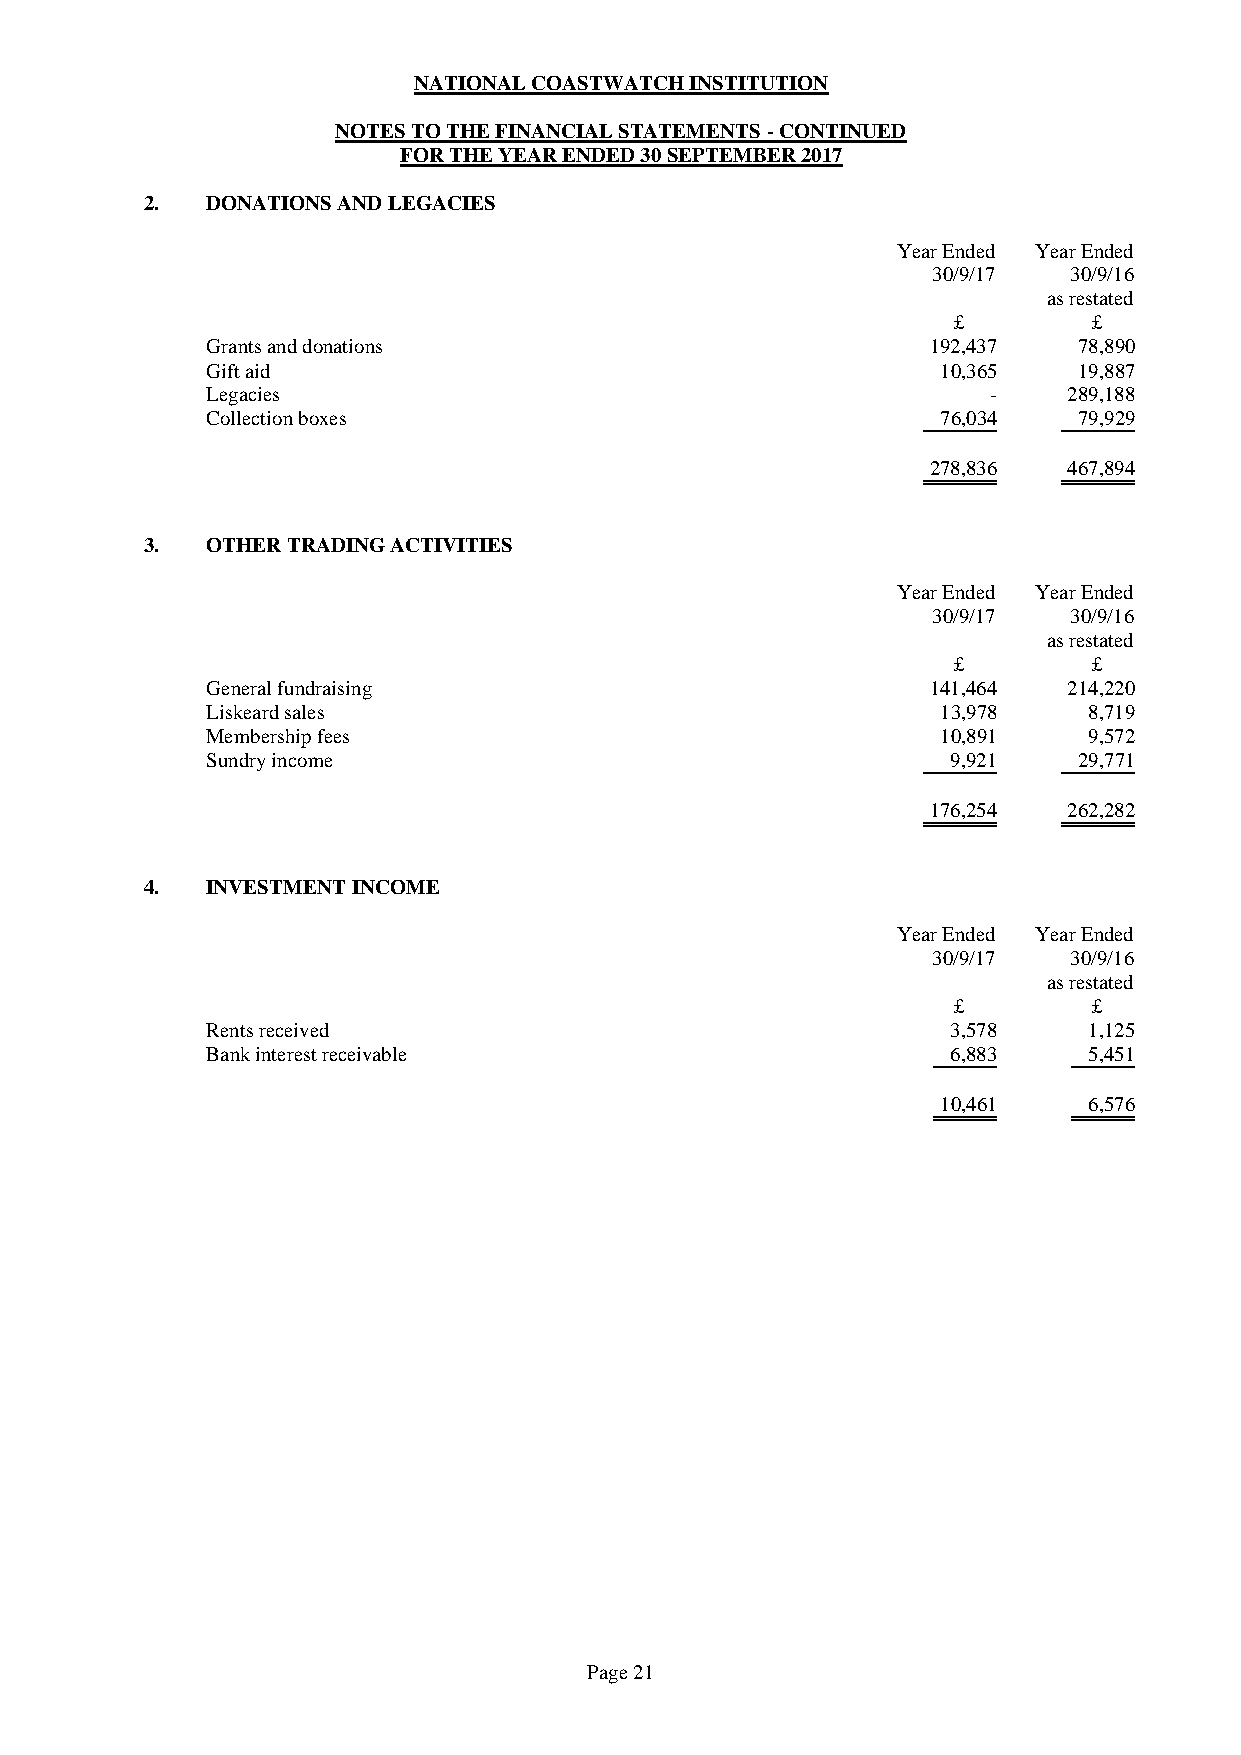
NATIONAL COASTWATCH INSTITUTION
 NOTES TO THE FINANCIAL STATEMENTS - CONTINUED
 FOR THE YEAR ENDED 30 SEPTEMBER 2017
 2.  DONATIONS AND LEGACIES
 Year Ended Year Ended
 30/9/17  30/9/16
 as restated
 £        £
 Grants and donations                            192,437  78,890
 Gift aid                                        10,365   19,887
 Legacies                                            -    289,188
 Collection boxes                                76,034   79,929
 278,836  467,894
 3.  OTHER TRADING ACTIVITIES
 Year Ended Year Ended
 30/9/17  30/9/16
 as restated
 £        £
 General fundraising                             141,464  214,220
 Liskeard sales                                  13,978    8,719
 Membership fees                                 10,891    9,572
 Sundry income                                    9,921   29,771
 176,254  262,282
 4.  INVESTMENT INCOME
 Year Ended Year Ended
 30/9/17  30/9/16
 as restated
 £        £
 Rents received                                   3,578    1,125
 Bank interest receivable                         6,883    5,451
 10,461    6,576
 Page 21